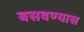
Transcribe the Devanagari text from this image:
बसवण्‍यास